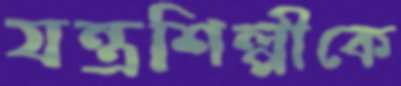
যন্ত্রশিল্পীকে